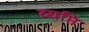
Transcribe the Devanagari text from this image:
व्यप्ति